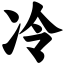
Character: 冷